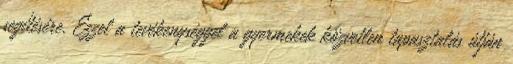
segítésére. Ezzel a tevékenységgel a gyermekek közvetlen tapasztalás útján